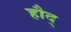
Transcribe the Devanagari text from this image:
हौद्